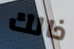
ذالك